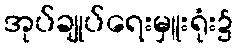
အုပ်ချုပ်ရေးမှူးရုံး၌